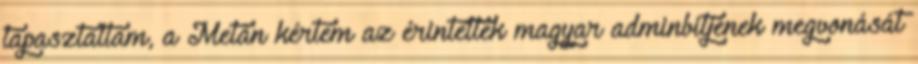
tapasztaltam, a Metán kértem az érintettek magyar adminbitjének megvonását